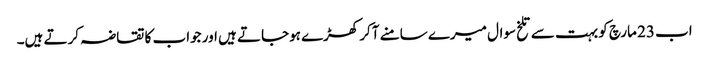
اب 23 مارچ کو بہت سے تلخ سوال میرے سامنے آکر کھڑے ہوجاتے ہیں اور جواب کا تقاضہ کرتے ہیں۔